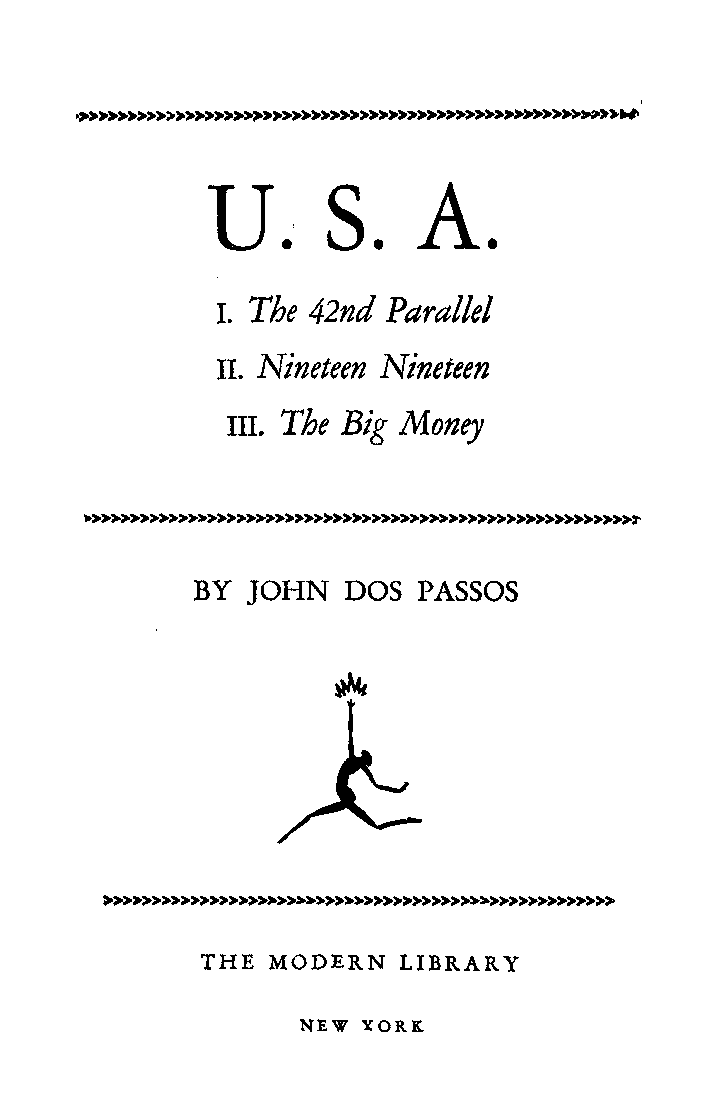
U.            A.
 S.
 The 42nd  Parallel
 I.
 Nineteen Nineteen
 II.
 The
 III.    Big Money
 BY JOHN   DOS  PASSOS
 ^
 THE  MODERN  LIBRARY
 NEW YORK